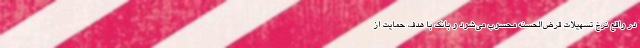
در واقع نرخ تسهیلات قرض‌الحسنه محسوب می‌شود و بانک با هدف حمایت از